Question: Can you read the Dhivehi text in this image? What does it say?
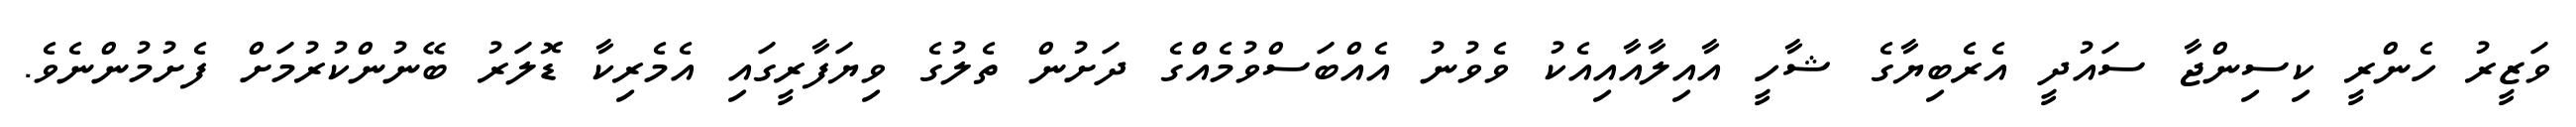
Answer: ވަޒީރު ހެންރީ ކިސިންޖާ ސައުދީ އެރެބިޔާގެ ޝާހީ އާއިލާއާއިއެކު ވެވުނު އެއްބަސްވުމެއްގެ ދަށުން ތެލުގެ ވިޔަފާރީގައި އެމެރިކާ ޑޮލަރު ބޭނުންކުރުމަށް ފެށުމުންނެވެ.